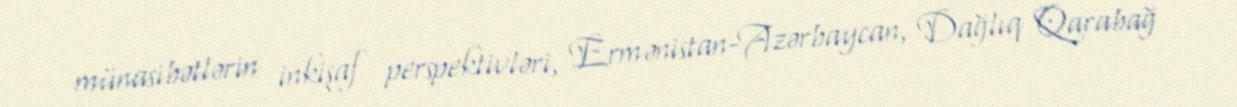
münasibətlərin inkişaf perspektivləri, Ermənistan-Azərbaycan, Dağlıq Qarabağ